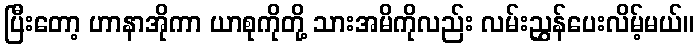
ပြီးတော့ ဟာနာအိုကာ ယာစုကိုတို့ သားအမိကိုလည်း လမ်းညွှန်ပေးလိမ့်မယ်။